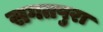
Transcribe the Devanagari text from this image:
सगतपुरा